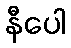
နီပေါ